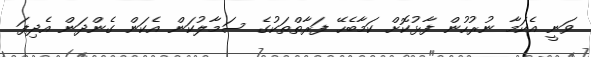
ވަނީ އެކަމާ ނުރުހުން ފާޅުކޮށް ކަމާބެހޭ ފަރާތްތަކުގެ ސަމާލުކަން އެކަން ގެންދަން އެދިފަ